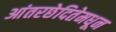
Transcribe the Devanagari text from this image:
आंतरछेदितेमधून